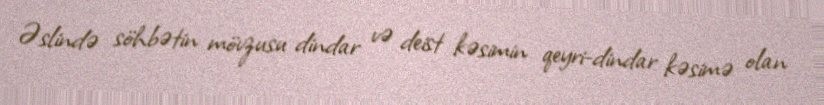
Əslində söhbətin mövzusu dindar və deist kəsimin qeyri-dindar kəsimə olan